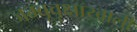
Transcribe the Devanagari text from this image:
जम्बूवृक्षाखाली